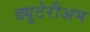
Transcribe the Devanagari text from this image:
ड्यूटेरीअम